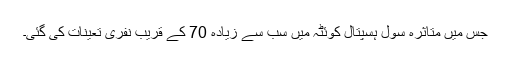
جس میں متاثرہ سول ہسپتال کوئٹہ میں سب سے زیادہ 70 کے قریب نفری تعینات کی گئی۔